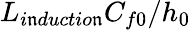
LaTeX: L_{i\mathfrak{n}ductio\mathfrak{n}}C_{f0}/h_{0}